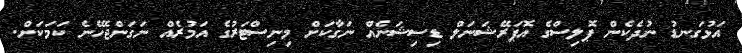
އަޅުގަނޑު ނުދެކެން ޕޮލިސްގެ އޮޕަރޭޝަނަލް ޑިސިޝަނެއް ނަގާކަށް މިނިސްޓަރުގެ އަމުރެއް ނަގަންޖެހޭނެ ކަމަކަށް.